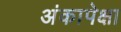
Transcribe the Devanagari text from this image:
अंकापेक्षा